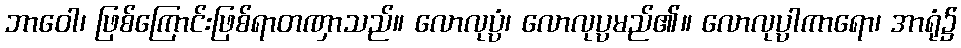
ဘာဝေါ၊ ဖြစ်ကြောင်းဖြစ်ရာတဏှာသည်။ လောလုပ္ပံ၊ လောလုပ္ပမည်၏။ လောလုပ္ပါကာရော၊ အာရုံ၌